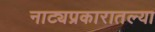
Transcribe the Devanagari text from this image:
नाट्यप्रकारातल्या